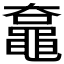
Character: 𪓡